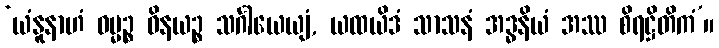
‘ယံနူနာဟံ ဓမ္မဉ္စ ဝိနယဉ္စ သင်္ဂါယေယျံ, ယထယိဒံ သာသနံ အဒ္ဓနိယံ အဿ စိရဋ္ဌိတိကံ’။